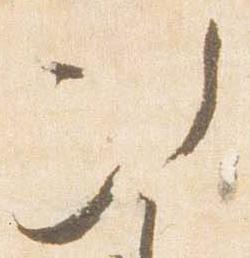
次